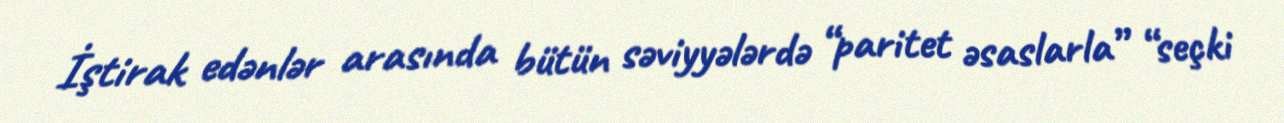
İştirak edənlər arasında bütün səviyyələrdə “paritet əsaslarla” “seçki